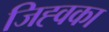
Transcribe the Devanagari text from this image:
जिह्वका